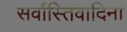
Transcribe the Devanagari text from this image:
सर्वास्तिवादिनां